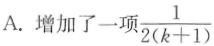
A.增加了一项$$\frac { 1 } { 2 ( k + 1 ) }$$